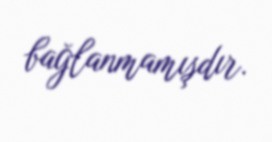
bağlanmamışdır.